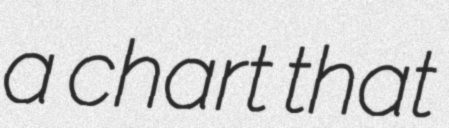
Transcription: a chart that